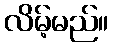
လိမ့်မည်။